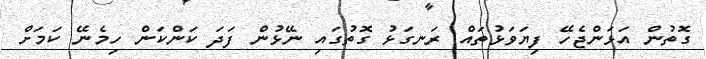
ގޮތުން އަޅަންޖެހޭ ފިޔަވަޅުތައް ރަނގަޅު ގޮތުގައި ނޭޅުން ފަދަ ކަންކަން ހިމެނޭ ކަމަށް